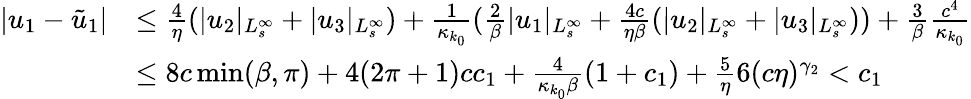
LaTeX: \begin{array}{rl}{\vert u_{1}-\tilde{u}_{1}\vert}&{\le\frac 4\eta(\vert u_{2}\vert_{L_{s}^{\infty}}+\vert u_{3}\vert_{L_{s}^{\infty}})+\frac 1{\kappa_{k_{0}}}(\frac 2\beta\vert u_{1}\vert_{L_{s}^{\infty}}+\frac{4c}{\eta\beta}(\vert u_{2}\vert_{L_{s}^{\infty}}+\vert u_{3}\vert_{L_{s}^{\infty}}))+\frac 3\beta\frac{c^{4}}{\kappa_{k_{0}}}}\\ &{\le 8c\operatorname*{min}(\beta,\pi)+4(2\pi+1)cc_{1}+\frac 4{\kappa_{k_{0}}\beta}(1+c_{1})+\frac 5\eta 6(c\eta)^{\gamma_{2}}<c_{1}}\end{array}